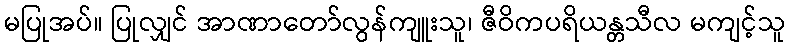
မပြုအပ်။ ပြုလျှင် အာဏာတော်လွန်ကျူးသူ၊ ဇီဝိကပရိယန္တသီလ မကျင့်သူ